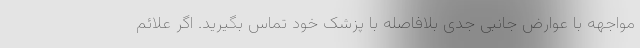
مواجهه با عوارض جانبی جدی بلافاصله با پزشک خود تماس بگیرید. اگر علائم